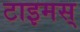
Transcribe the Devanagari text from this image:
टाइमस्